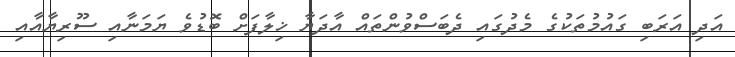
އަދި އަރަބި ގައުމުތަކުގެ މެދުގައި ދެބަސްވުންތައް އާދަޔާ ޚިލާފަށް ބޮޑުވެ ޔަމަނާއި ސޫރިޔާއާއި